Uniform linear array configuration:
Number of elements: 32
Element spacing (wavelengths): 0.75
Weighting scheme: hamming
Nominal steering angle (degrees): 0
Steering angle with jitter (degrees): -1.067
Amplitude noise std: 0.05
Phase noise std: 0.05

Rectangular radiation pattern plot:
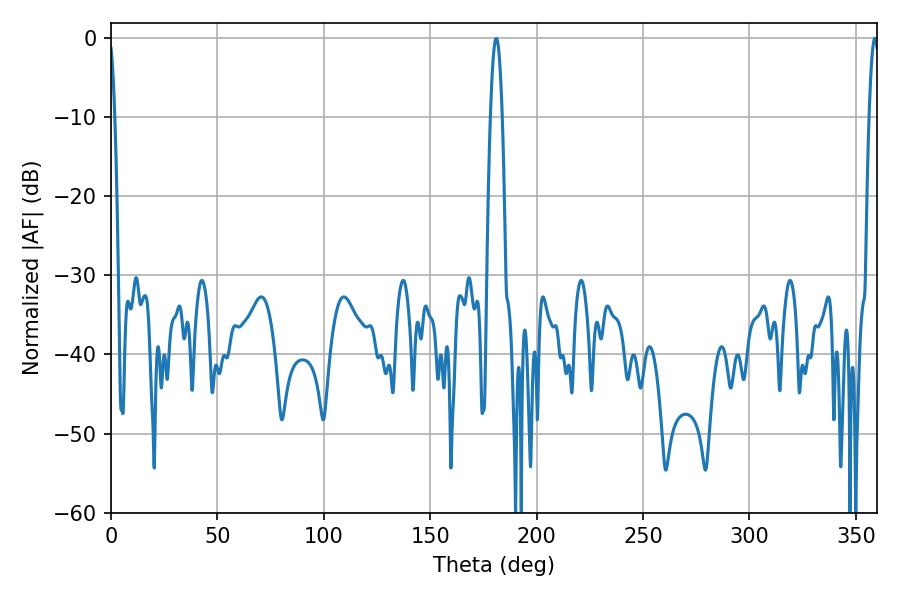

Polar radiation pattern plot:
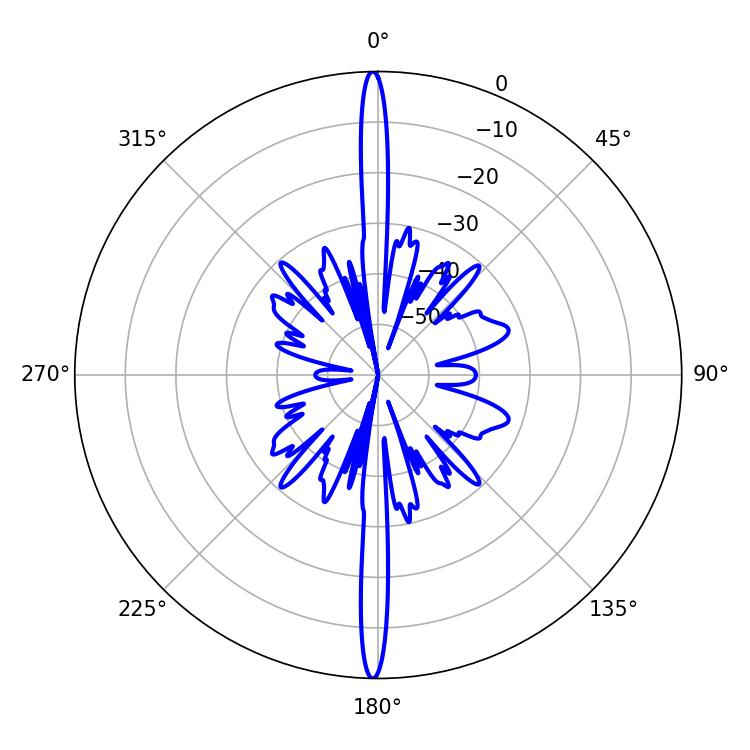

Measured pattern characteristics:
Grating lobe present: TRUE
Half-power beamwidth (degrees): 3.06
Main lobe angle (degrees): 181.08